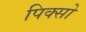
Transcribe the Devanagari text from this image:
पिक्सो